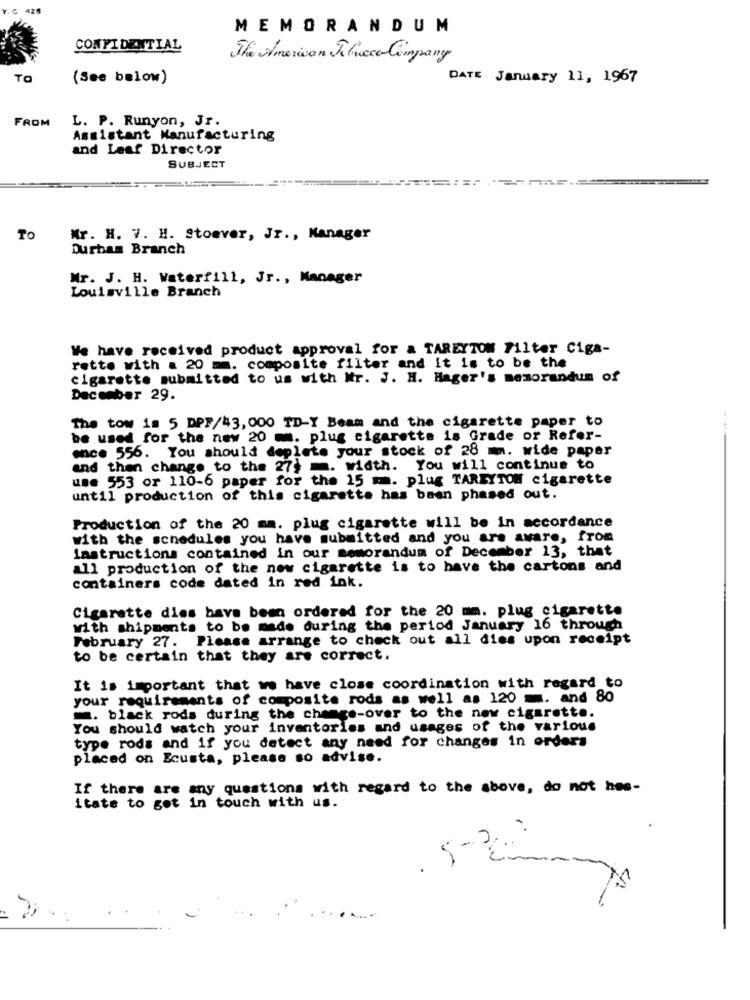
.C 425
MEMORANDUM
CONFIDENTIAL
The American Alucca Company
TO
(See below)
DATE January 11, 1967
FROM
L. P. Runyon, Jr.
Assistant Manufacturing
and Leaf Director
SUBJECT
To
Mr. H. V. H. Stoever, Jr ., Manager
Durban Branch
Mr. J. H. Waterfill, Jr ., Manager
Louisville Branch
We have received product approval for a TAREYTON Filter Ciga-
rette with a 20 mm. composite filter and it is to be the
cigarette submitted to us with Mr. J. H. Hager's memorandum of
December 29.
The tow is 5 DPF/43, 000 TD-Y Beam and the cigarette paper to
be used for the new 20 mm. plug cigarette is Grade or Refer-
ence 556. You should deplete your stock of 28 mm. wide paper
and then change to the 27} m. width. You will continue to
use 553 or 110-6 paper for the 15 mm. plug TAREYTOM cigarette
until production of this cigarette has been phased out.
Production of the 20 mm. plug cigarette will be in accordance
with the schedules you have submitted and you are aware, from
Instructions contained in our memorandum of December 13, that
all production of the new cigarette is to have the cartons and
containers code dated in red ink.
Cigarette dies have been ordered for the 20 mm. plug cigarette
with shipments to be made during the period January 16 through
February 27. Please arrange to check out all dies upon receipt
to be certain that they are correct.
It is important that we have close coordination with regard to
your requirements of composite rods as well as 120 =. and 80
. black rods during the change-over to the new cigarette.
You should watch your inventories and usages of the various
type rods and if you detect any need for changes in orders
placed on Ecusta, please so advise.
If there are any questions with regard to the above, do not hes-
Itate to get in touch with us.
. 5-2 :
en